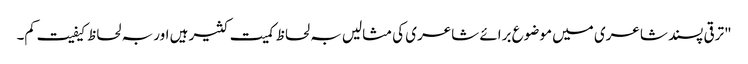
"ترقی پسند شاعری میں موضوع برائے شاعری کی مثالیں بہ لحاظ کمیت کثیر ہیں اور بہ لحاظ کیفیت کم۔